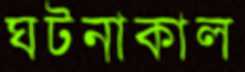
ঘটনাকাল